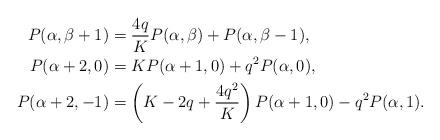
LaTeX: \begin{align*}P(\alpha,\beta+1)&=\dfrac{4q}{K}P(\alpha,\beta)+P(\alpha,\beta-1),\\P(\alpha+2,0)&=KP(\alpha+1,0)+q^2 P(\alpha,0),\\P(\alpha+2,-1)&=\left(K-2q+\dfrac{4q^{2}}{K}\right)P(\alpha+1,0)-q^2 P(\alpha,1).\end{align*}